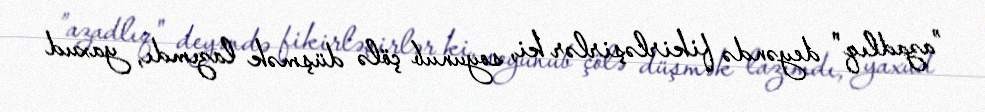
”azadlıq" deyəndə fikirləşirlər ki, soyunub çölə düşmək lazımdı, yaxud